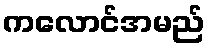
ကလောင်အမည်